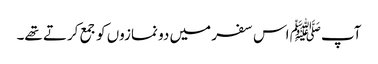
آپﷺ اس سفر میں دو نمازوں کو جمع کرتے تھے۔